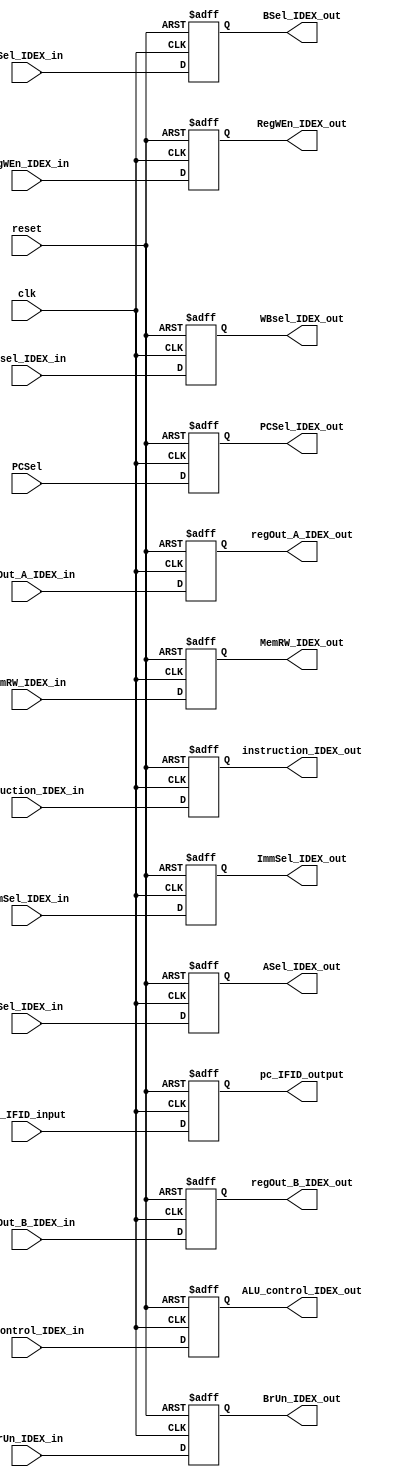
module ID_EX_Register(
    input wire clk,
    input wire reset,
    input wire [31:0] pc_IFID_input,
    input wire [31:0] instruction_IDEX_in,
    input wire [6:0] ALU_control_IDEX_in,
    input wire PCSel,
    input wire BSel_IDEX_in,
    input wire ASel_IDEX_in,
    input wire RegWEn_IDEX_in,
    input wire BrUn_IDEX_in,
    input wire MemRW_IDEX_in,
    input wire [1:0] WBsel_IDEX_in,
    input wire [2:0] ImmSel_IDEX_in,
    input wire [31:0] regOut_A_IDEX_in,
    input wire [31:0] regOut_B_IDEX_in,

    output reg [31:0] pc_IFID_output,
    output reg [31:0] instruction_IDEX_out,
    output reg [6:0] ALU_control_IDEX_out,
    output reg PCSel_IDEX_out,
    output reg BSel_IDEX_out,
    output reg ASel_IDEX_out,
    output reg RegWEn_IDEX_out,
    output reg BrUn_IDEX_out,
    output reg MemRW_IDEX_out,
    output reg [1:0] WBsel_IDEX_out,
    output reg [2:0] ImmSel_IDEX_out,
    output reg [31:0] regOut_A_IDEX_out,
    output reg [31:0] regOut_B_IDEX_out
);

    // Register for ID/EX stage
    always @(posedge clk or posedge reset) begin
        if (reset) begin
            pc_IFID_output <= 0;
            instruction_IDEX_out <= 0;
            ALU_control_IDEX_out <= 0;
            BSel_IDEX_out <= 0;
            ASel_IDEX_out <= 0;
            RegWEn_IDEX_out <= 0;
            BrUn_IDEX_out <= 0;
            MemRW_IDEX_out <= 0;
            WBsel_IDEX_out <= 0;
            ImmSel_IDEX_out <= 0;
            regOut_A_IDEX_out <= 0;
            regOut_B_IDEX_out <= 0;
            PCSel_IDEX_out <= 0;
        end else begin
            pc_IFID_output <= pc_IFID_input;
            instruction_IDEX_out <= instruction_IDEX_in;
            ALU_control_IDEX_out <= ALU_control_IDEX_in;
            BSel_IDEX_out <= BSel_IDEX_in;
            ASel_IDEX_out <= ASel_IDEX_in;
            RegWEn_IDEX_out <= RegWEn_IDEX_in;
            BrUn_IDEX_out <= BrUn_IDEX_in;
            MemRW_IDEX_out <= MemRW_IDEX_in;
            WBsel_IDEX_out <= WBsel_IDEX_in;
            ImmSel_IDEX_out <= ImmSel_IDEX_in;
            regOut_A_IDEX_out <= regOut_A_IDEX_in;
            regOut_B_IDEX_out <= regOut_B_IDEX_in;
            PCSel_IDEX_out <= PCSel;
        end
    end

endmodule